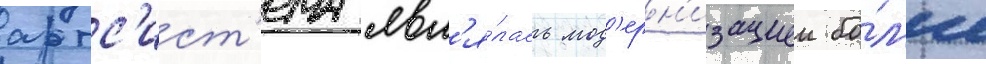
артс'ист'ема явл'я́лась мод'ерн'изациеи бо́л'ее